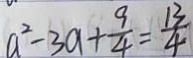
a ^ { 2 } - 3 a + \frac { 9 } { 4 } = \frac { 1 3 } { 4 }